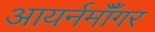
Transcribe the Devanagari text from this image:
आयर्नमॉँगर